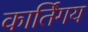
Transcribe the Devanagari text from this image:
कार्तिगय